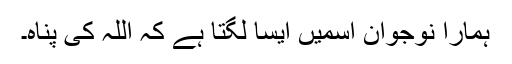
ہمارا نوجوان اسمیں ایسا لگتا ہے کہ اللہ کی پناہ۔